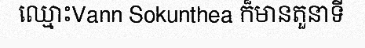
ឈ្មោះVann Sokunthea ក៏មានតួនាទី